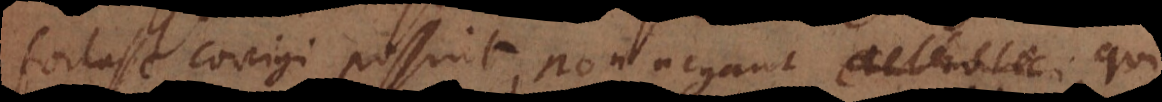
fortasse corrigi possint, non negant, catholici,